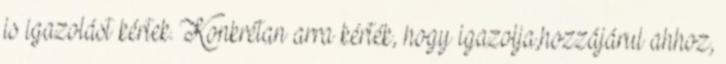
is igazolást kértek. Konkrétan arra kérték, hogy igazolja,hozzájárul ahhoz,